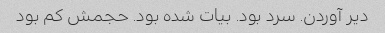
دیر آوردن. سرد بود. بیات شده بود. حجمش کم بود